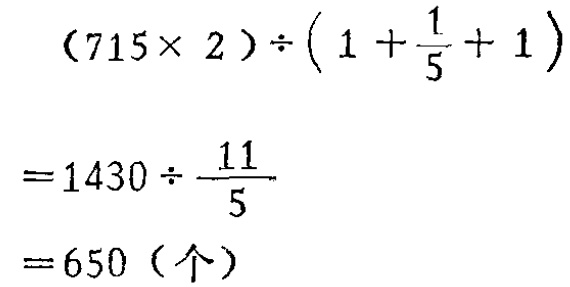
\((715\times 2)\div\left(1 + \frac{1}{5}+ 1\right)\)

\(=1430\div\frac{11}{5}\)

\(=650（个）\)